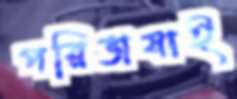
পরিভাষাই